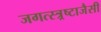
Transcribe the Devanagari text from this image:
जगत्स्त्र्रष्टाजैसी